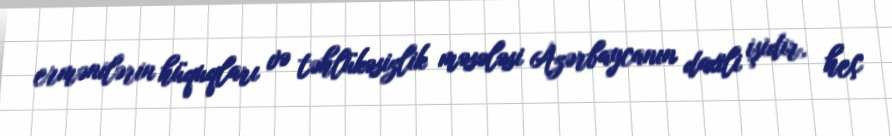
ermənilərin hüquqları və təhlükəsizlik məsələsi Azərbaycanın daxili işidir, heç